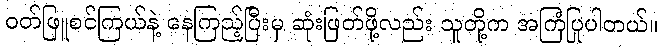
ဝတ်ဖြူစင်ကြယ်နဲ့ နေကြည့်ပြီးမှ ဆုံးဖြတ်ဖို့လည်း သူတို့က အကြံပြုပါတယ်။